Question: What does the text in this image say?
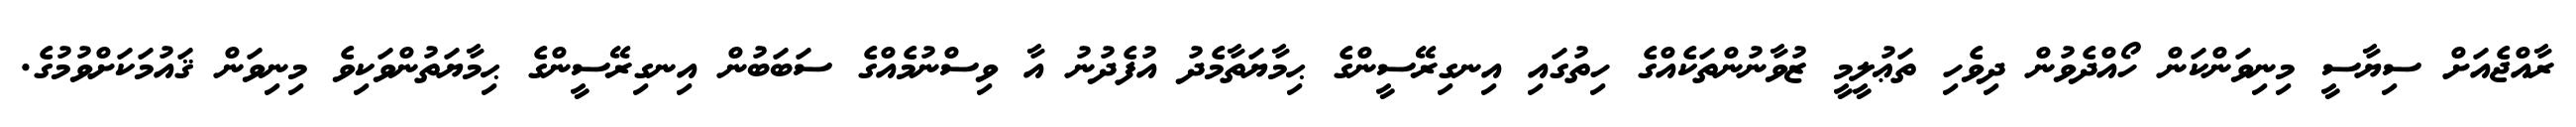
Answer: ރާއްޖެއަށް ސިޔާސީ މިނިވަންކަން ހޯއްދެވުން ދިވެހި ތަޢުލީމީ ޒުވާނުންތަކެއްގެ ހިތުގައި އިނގިރޭސީންގެ ޙިމާޔަތާމެދު އުފެދުނު އާ ވިސްނުމެއްގެ ސަބަބުން އިނގިރޭސީންގެ ޙިމާޔަތުންވަކިވެ މިނިވަން ޤައުމަކަށްވުމުގެ.